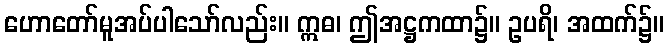
ဟောတော်မူအပ်ပါသော်လည်း။ ဣဓ၊ ဤအဋ္ဌကထာ၌။ ဥပရိ၊ အထက်၌။